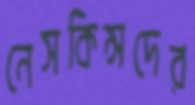
নেসকিন্সদের